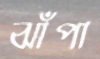
ঝাঁপা